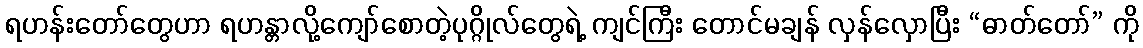
ရဟန်းတော်တွေဟာ ရဟန္တာလို့ကျော်စောတဲ့ပုဂ္ဂိုလ်တွေရဲ့ ကျင်ကြီး တောင်မချန် လှန်လှောပြီး “ဓာတ်တော်” ကို